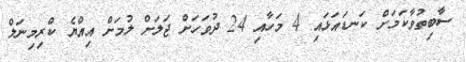
ސާބިތުވާކަމަށް ކަނޑައަޅައި 4 މަހާއި 24 ދުވަހަށް ޖަލަށް ލުމަށް އިއްޔެ ކްރިމިނަލް